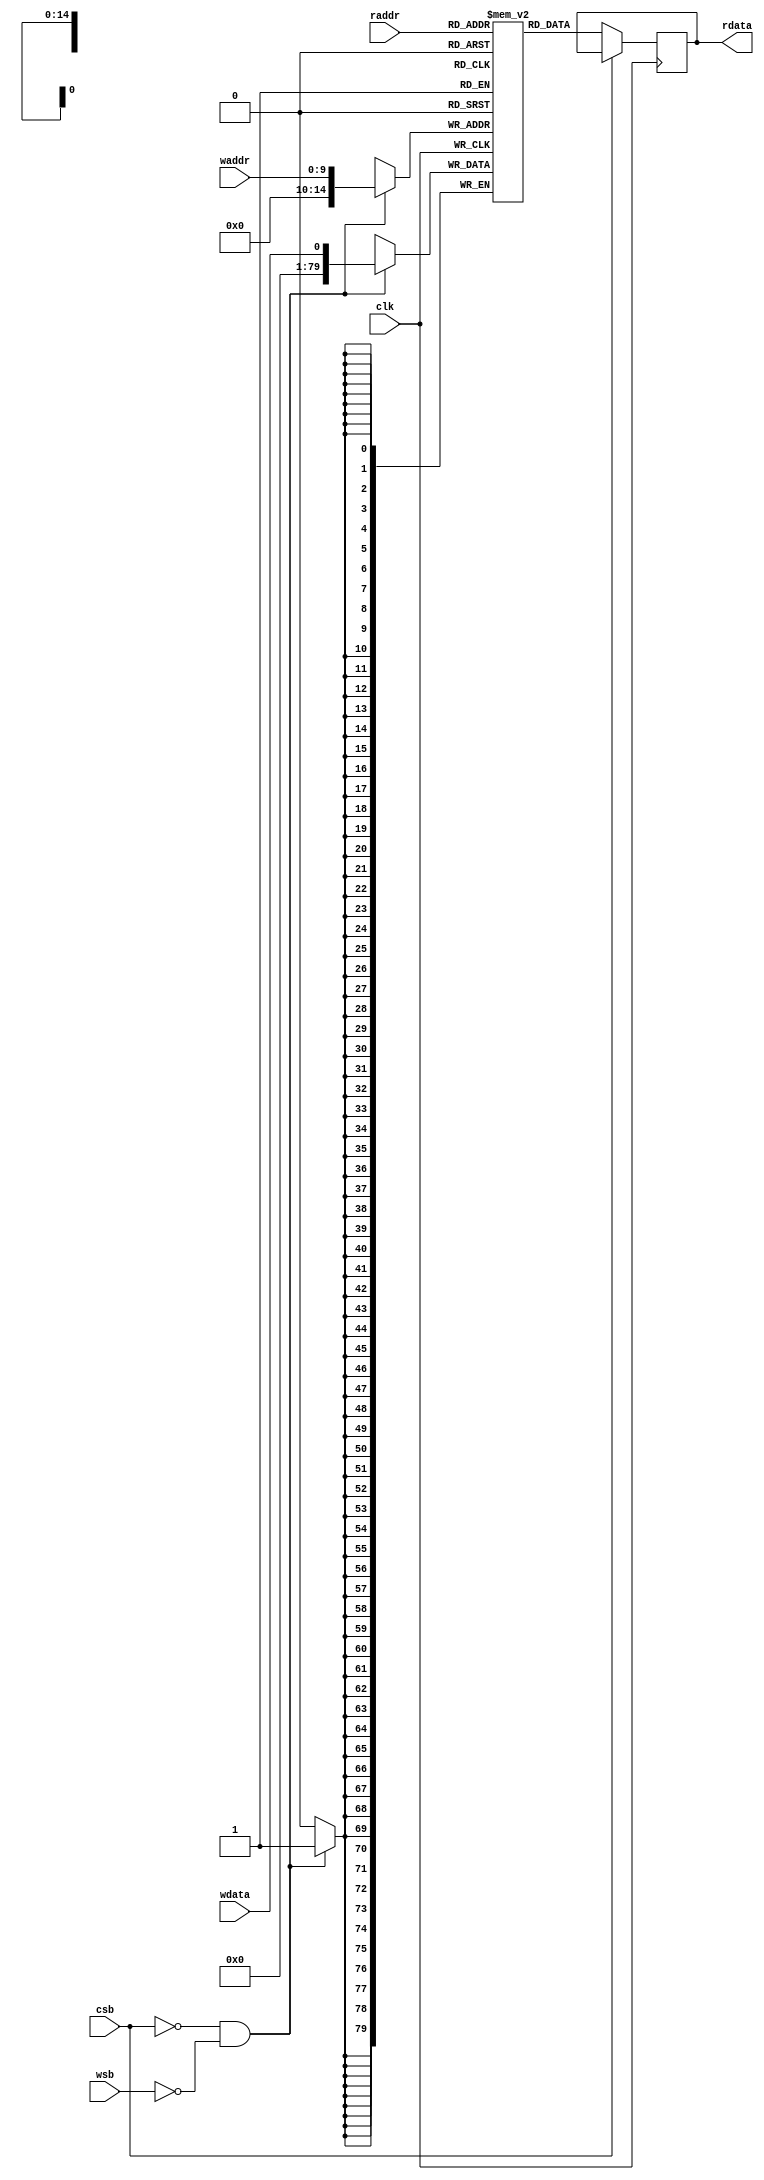
///////////////////////////

module sram_20250x80b(
input clk,
input csb,  //chip enable
input wsb,  //write enable
input wdata, //write data
input [9:0] waddr, //write address
input [14:0] raddr, //read address

output reg [79:0]rdata //read data
);

localparam WEIGHT_WIDTH = 4;
localparam WEIGHT_PIXEL_NUM = 20;

/*
/////////////////////



/////////////////////
*/
reg [WEIGHT_PIXEL_NUM*WEIGHT_WIDTH-1:0] mem[0:20250];
reg [79:0] _rdata;

always@(posedge clk)
  if(~csb && ~wsb)
    mem[waddr] <= wdata;

always@(posedge clk)
  if(~csb)
    _rdata <= mem[raddr];

always@*
begin
    //rdata = #(`cycle_period*0.2) _rdata;
    rdata =  _rdata;
end


task load_w(
    input integer index,
    input [79:0] weight_input
);
    mem[index] = weight_input;
endtask

task dis();
integer i;
for (i = 21;i < 41 ;i = i + 1 ) begin
  $display("%b",mem[i]);
end

endtask

endmodule